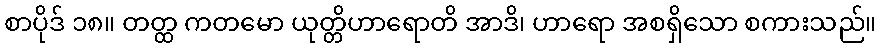
စာပိုဒ် ၁၈။ တတ္ထ ကတမော ယုတ္တိဟာရောတိ အာဒိ၊ ဟာရော အစရှိသော စကားသည်။